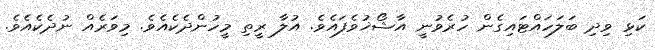
ކަޅި ވިދި ބަލަހައްޓައިގެން ހުރެވުނީ އާޝޯޚުވެފައެވެ. އުލާ ރީތި މީހުންދެކެއެވެ. މިވަރެއް ނުދެކެއެވެ.